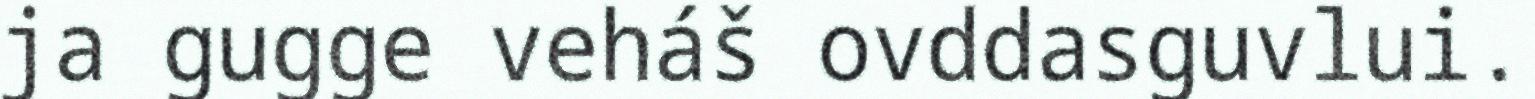
ja gugge veháš ovddasguvlui.